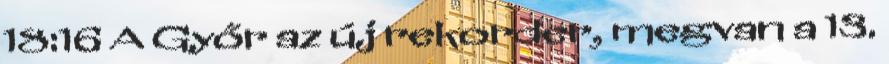
18:16 A Győr az új rekorder, megvan a 13.